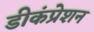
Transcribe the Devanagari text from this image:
डीकंप्रेशन